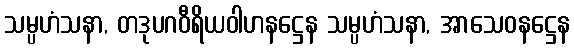
သမ္ပဟံသနာ, တဒုပဂဝီရိယဝါဟနဋ္ဌေန သမ္ပဟံသနာ, အာသေဝနဋ္ဌေန